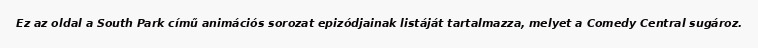
Ez az oldal a South Park című animációs sorozat epizódjainak listáját tartalmazza, melyet a Comedy Central sugároz.